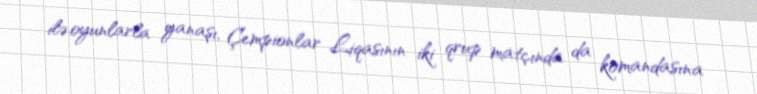
ilə oyunlarla yanaşı, Çempionlar Liqasının iki qrup matçında da komandasına